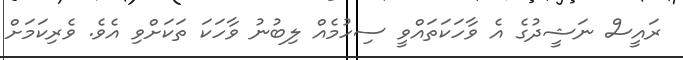
ރައީސް ނަޝީދުގެ އެ ވާހަކަތައްވީ ސިހުމެއް ލިބުނު ވާހަކަ ތަކަށްވި އެވެ. ވެރިކަމަށް